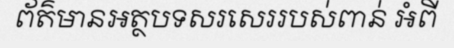
ព័ត៌មានអត្ថបទសរសេររបស់ពាន់ អំពី